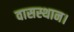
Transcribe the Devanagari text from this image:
वासस्थान।